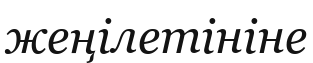
жеңілетініне